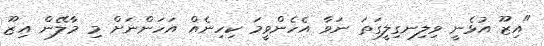
"އިޒޫ އުޅެނީ ވިލިނގިލީގަތަ ނަވާ އެހެންވީމަ ކިހިނެއް އަހަންނަށް މި މާލޭން އިޒޫ